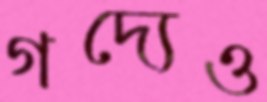
গদ্যেও